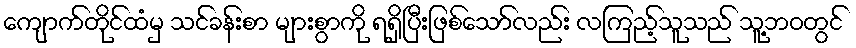
ကျောက်တိုင်ထံမှ သင်ခန်းစာ များစွာကို ရရှိပြီးဖြစ်သော်လည်း လကြည့်သူသည် သူ့ဘဝတွင်